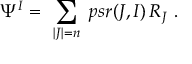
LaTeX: \Psi ^ { I } = \ \sum _ { | J | = n } \ p s r ( J , I ) \, R _ { J } \ .